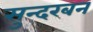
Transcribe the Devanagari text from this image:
सुन्दरबन